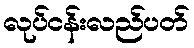
လုပ်ငန်းလည်ပတ်